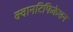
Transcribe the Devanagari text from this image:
क्वानटिफिकेशन